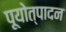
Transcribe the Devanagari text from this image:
पूयोत्पादन